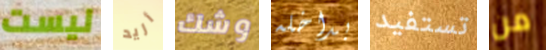
ليست أريد وشك بداخله تستفيد من